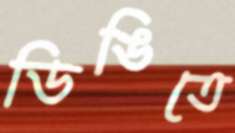
ডিঙিতে